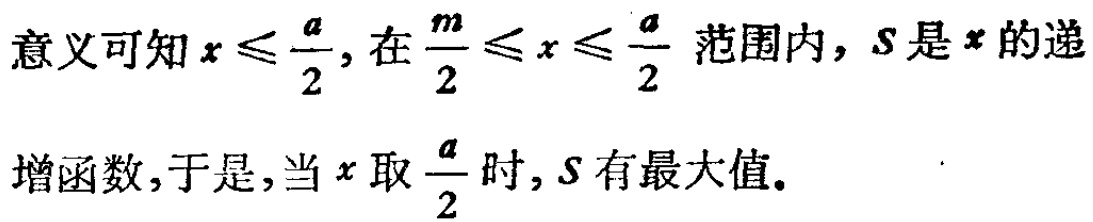
意义可知\(x \leqslant \frac{a}{2}\)，在\(\frac{m}{2} \leqslant x \leqslant \frac{a}{2}\) 范围内，\(S\)是\(x\)的递增函数，于是，当\(x\)取\(\frac{a}{2}\)时，\(S\)有最大值。